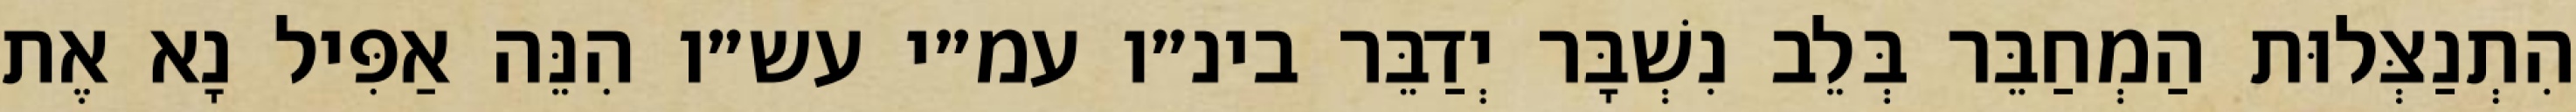
הִתְנַצְּלוּת הַמְחַבֵּר בְּלֵב נִשְׁבָּר יְדַבֵּר בינ״ו עמ״י עש״ו הִנֵּה אַפִּיל נָא אֶת